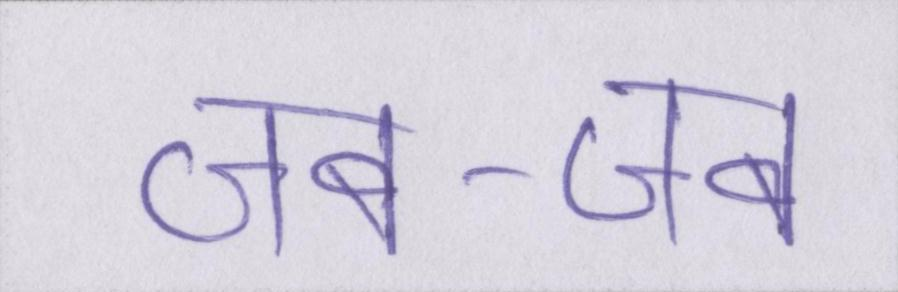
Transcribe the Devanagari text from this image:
जब-जब